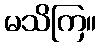
မသိကြ။